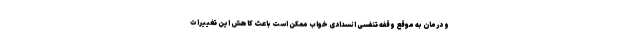
و درمان به موقع وقفه تنفسی انسدادی خواب ممکن است باعث کاهش این تغییرات